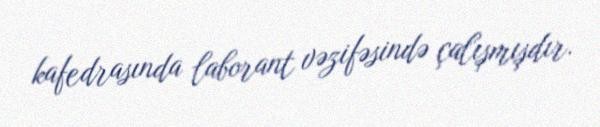
kafedrasında laborant vəzifəsində çalışmışdır.